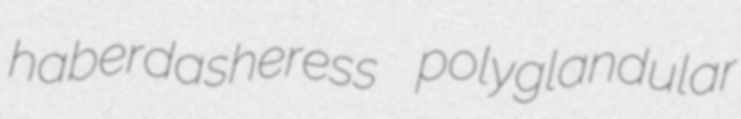
haberdasheress polyglandular